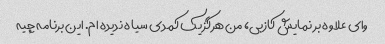
وای علاوه بر نمایش کازبی، من هرگز یک کمدی سیاه ندیده ام. این برنامه چیه